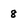
Character: 8